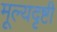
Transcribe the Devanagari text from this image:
मूल्यदृष्टी